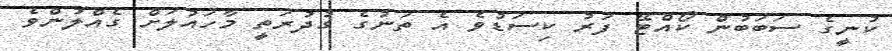
ކުނީގެ ސަބަބުން ކޯއްޓޭ ފަރު ކިސަޑުވެ އެ ތަނުގެ ގުދުރަތީ މާހައުލަށް ގެއްލުންވެ